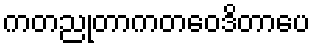
ကတညုတာကတဝေဒိတာပေ